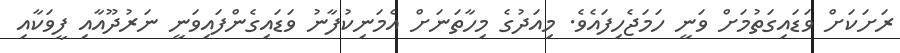
ރަށަކަށް ވަޑައިގަތުމަށް ވަނީ ހަމަޖެހިފައެވެ. މިއަދުގެ މިހާތަަނަށް އެމަނިކުފާނު ވަޑައިގެންފައިވަނީ ނަރުދޫއާއި ފީވަކާއި